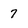
Character: 7